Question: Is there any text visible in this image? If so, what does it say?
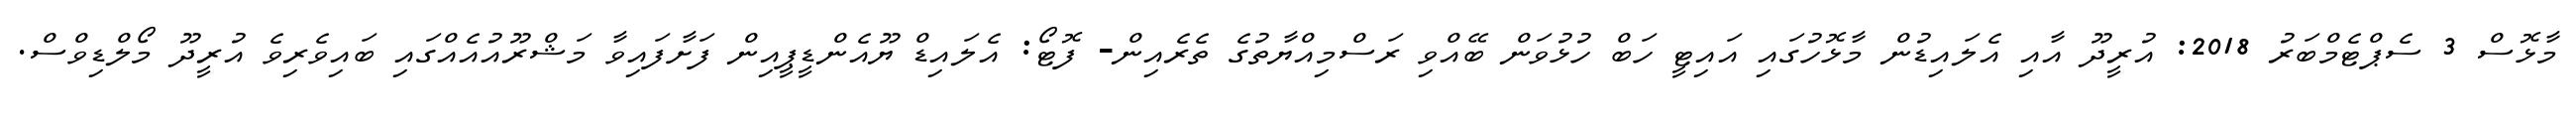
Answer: މާޅޮސް 3 ސެޕްޓެމްބަރު 2018: އުރީދޫ އާއި އެލައިޑުން މާޅޮހުގައި އައިޓީ ހަބް ހުޅުވަން ބޭއްވި ރަސްމިއްޔާތުގެ ތެރެއިން- ފޮޓޯ: އެލައިޑް ޔޫއެންޑީޕީއިން ފަށާފައިވާ މަޝްރޫއުއެއްގައި ބައިވެރިވެ އުރީދޫ މޯލްޑިވްސް.